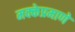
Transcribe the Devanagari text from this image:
मक्केप्रमाणे